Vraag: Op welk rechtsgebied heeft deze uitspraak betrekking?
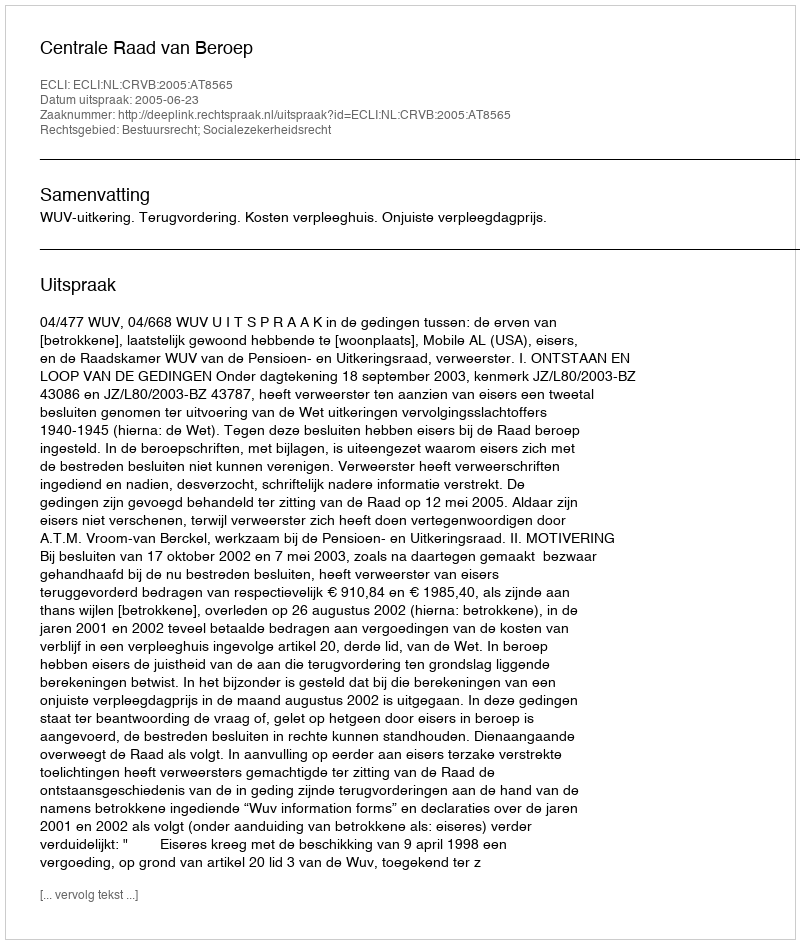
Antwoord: Bestuursrecht; Socialezekerheidsrecht